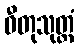
ဓီတုသုတ္တံ